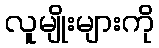
လူမျိုးများကို